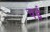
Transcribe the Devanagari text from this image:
चई